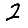
Digit: 2